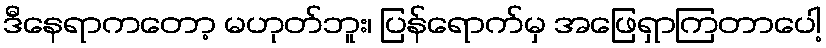
ဒီနေရာကတော့ မဟုတ်ဘူး၊ ပြန်ရောက်မှ အဖြေရှာကြတာပေါ့